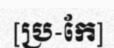
[ប្រ-កែ]